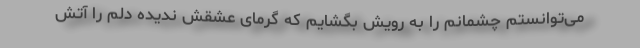
می‌توانستم چشمانم را به رویش بگشایم که گرمای عشقش ندیده دلم را آتش